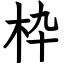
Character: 枠